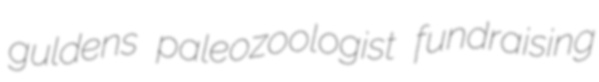
guldens paleozoologist fundraising